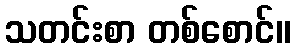
သတင်းစာ တစ်စောင်။